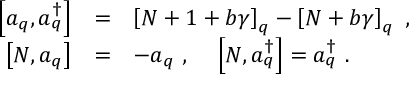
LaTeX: \begin{array} { r c l } { { \displaystyle \left[ a _ { q } , a _ { q } ^ { \dagger } \right] } } & { { = } } & { { \left[ N + 1 + b \gamma \right] _ { q } - \left[ N + b \gamma \right] _ { q } ~ , } } \\ { { \displaystyle \left[ N , a _ { q } \right] } } & { { = } } & { { - a _ { q } ~ , ~ ~ ~ \displaystyle \left[ N , a _ { q } ^ { \dagger } \right] = a _ { q } ^ { \dagger } ~ . } } \end{array}